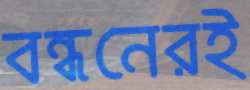
বন্ধনেরই